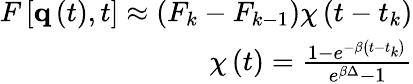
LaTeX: \begin{array}{r}{F\left[\textbf{q}\left(t\right),t\right]\approx\left(F_{k}-F_{k-1}\right)\chi\left(t-t_{k}\right)}\\ {\chi\left(t\right)=\frac{1-e^{-\beta\left(t-t_{k}\right)}}{e^{\beta\Delta}-1}}\end{array}